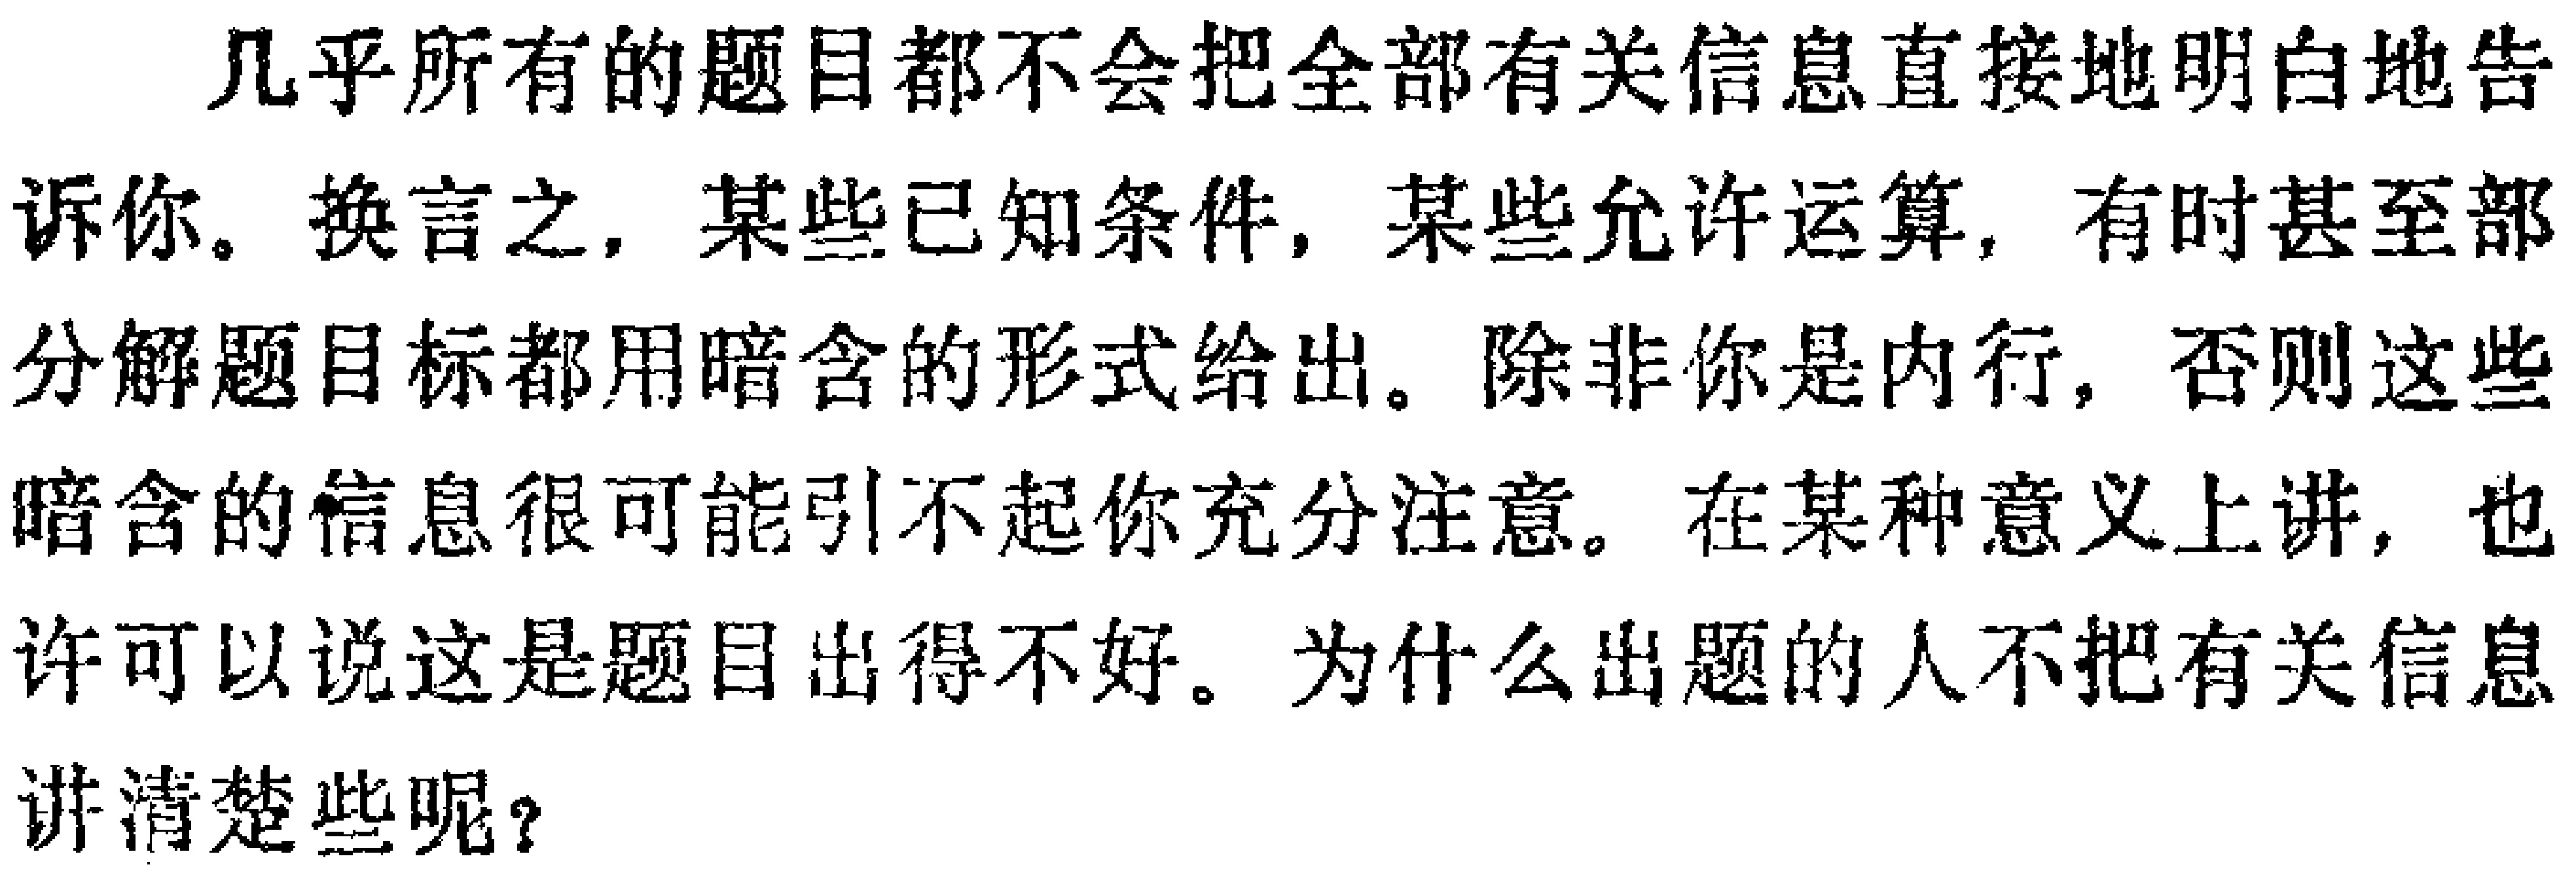
几乎所有的题目都不会把全部有关信息直接地明白地告诉你。换言之，某些已知条件，某些允许运算，有时甚至部分解题目标都用暗含的形式给出。除非你是内行，否则这些暗含的信息很可能引不起你充分注意。在某种意义上讲，也许可以说这是题目出得不好。为什么出题的人不把有关信息讲清楚些呢？